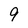
Character: 9